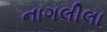
નાગલીલા